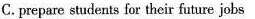
C.prepare students for their future jobs